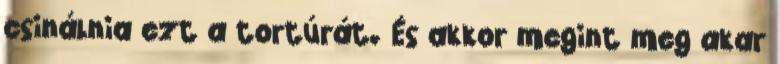
csinálnia ezt a tortúrát. És akkor megint meg akar